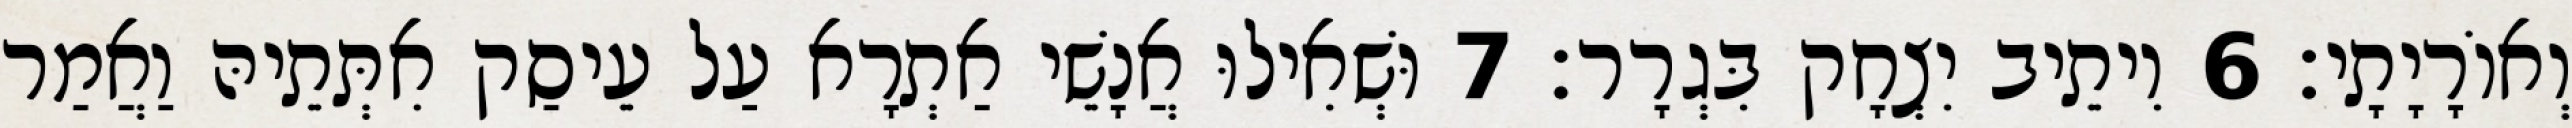
וְאוֹרָיָתָי׃ 6 וִיתֵיב יִצְחָק בִּגְרָר׃ 7 וּשְׁאִילוּ אֲנָשֵׁי אַתְרָא עַל עֵיסַק אִתְּתֵיהּ וַאֲמַר